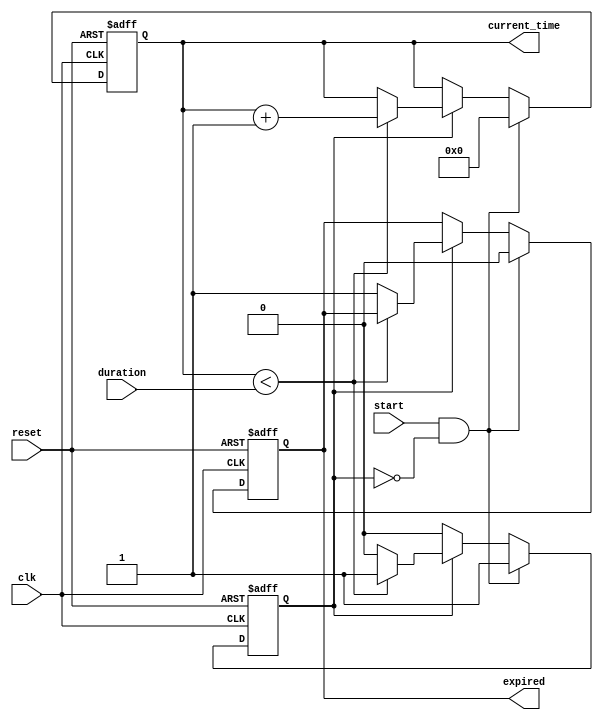
module TimerEventControl (
    input wire clk,           // Clock signal
    input wire start,         // Start signal
    input wire reset,         // Reset signal
    input wire [31:0] duration, // Time duration in clock cycles
    output reg expired,       // Timer expired signal
    output reg [31:0] current_time // Current time value
);

    // Internal state
    reg counting; // Indicates if the timer is currently counting

    // Initialization
    initial begin
        current_time = 0;
        expired = 0;
        counting = 0;
    end

    // Timer operation
    always @(posedge clk or posedge reset) begin
        if (reset) begin
            // Reset the timer
            current_time <= 0;
            expired <= 0;
            counting <= 0;
        end else if (start && !counting) begin
            // Start the timer
            counting <= 1;
            current_time <= 0; // Reset current time when starting
            expired <= 0;      // Ensure expired is low when starting
        end else if (counting) begin
            // Timer is counting
            if (current_time < duration) begin
                current_time <= current_time + 1; // Increment current time
            end else begin
                expired <= 1; // Timer has expired
                counting <= 0; // Stop counting
            end
        end
    end

endmodule